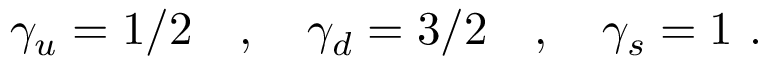
\gamma _ { u } = 1 / 2 \quad , \quad \gamma _ { d } = 3 / 2 \quad , \quad \gamma _ { s } = 1 ~ .